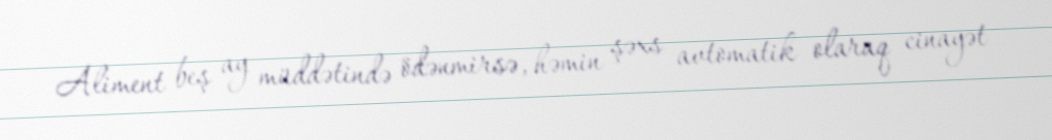
Aliment beş ay müddətində ödənmirsə, həmin şəxs avtomatik olaraq cinayət